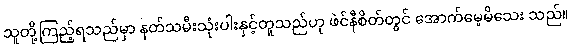
သူတို့ကြည့်ရသည်မှာ နတ်သမီးသုံးပါးနှင့်တူသည်ဟု ဖဲင်နီစိတ်တွင် အောက်မေ့မိသေး သည်။